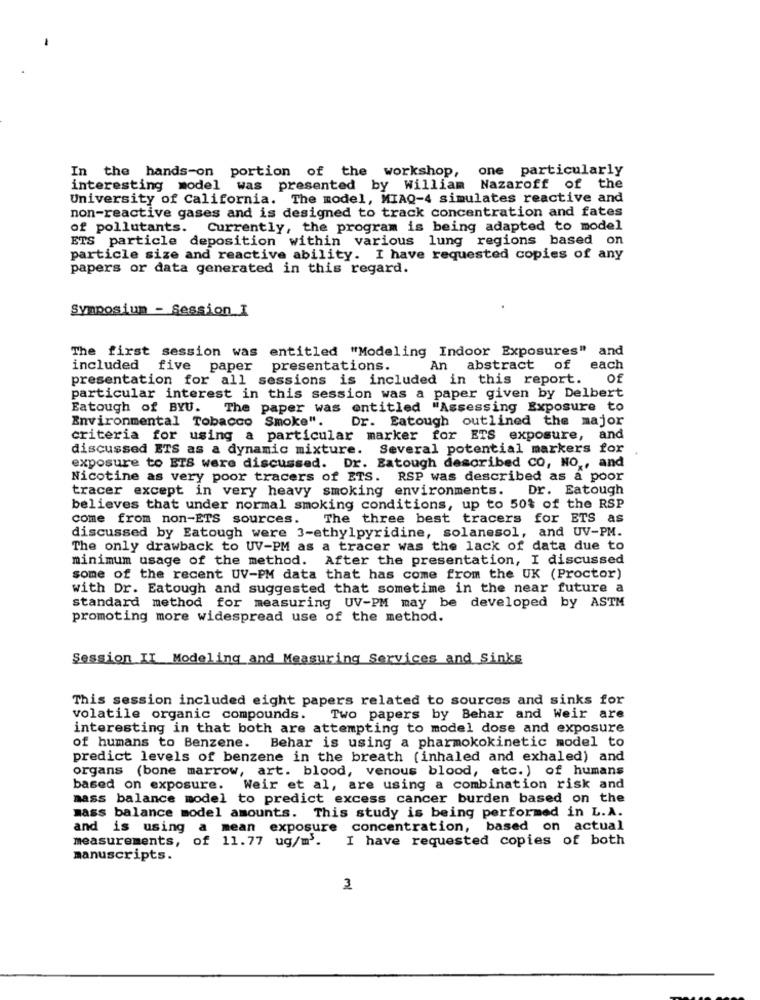
In the hands-on portion of the workshop, one particularly
interesting model was presented by William Nazaroff of the
University of California. The model, MIAQ-4 simulates reactive and
non-reactive gases and is designed to track concentration and fates
of pollutants. Currently, the program is being adapted to model
ETS particle deposition within various lung regions based on
particle size and reactive ability. I have requested copies of any
papers or data generated in this regard.
Symposium - Session I
The first session was entitled "Modeling Indoor Exposures" and
included five paper
presentations.
An abstract of
each
presentation for all sessions is included in this report.
of
particular interest in this session was a paper given by Delbert
Eatough of BYU.
The paper was entitled "Assessing Exposure to
Environmental Tobacco Smoke".
Dr. Eatough outlined the major
criteria for using a particular marker for ETS exposure, and
discussed ETS as a dynamic mixture. Several potential markers for
exposure to BTS were discussed. Dr. Eatough described CO, NO ., and
Nicotine as very poor tracers of ETS. RSP was described as a poor
tracer except in very heavy smoking environments.
Dr. Eatough
believes that under normal smoking conditions, up to 50% of the RSP
come from non-ETS sources.
The three best tracers for ETS as
discussed by Eatough were 3-ethylpyridine, solanesol, and UV-PM.
The only drawback to UV-PM as a tracer was the lack of data due to
minimum usage of the method. After the presentation, I discussed
some of the recent UV-PM data that has come from the UK (Proctor)
with Dr. Eatough and suggested that sometime in the near future a
standard method for measuring UV-PM may be developed by ASTM
promoting more widespread use of the method.
Session II Modeling and Measuring Services and Sinks
This session included eight papers related to sources and sinks for
volatile organic compounds.
Two papers by Behar and Weir are
interesting in that both are attempting to model dose and exposure
of humans to Benzene. Behar is using a pharmokokinetic model to
predict levels of benzene in the breath (inhaled and exhaled) and
organs (bone marrow, art. blood, venous blood, etc. ) of humans
based on exposure.
Weir et al, are using a combination risk and
mass balance model to predict excess cancer burden based on the
mass balance model amounts. This study is being performed in L.A.
and is using a mean exposure concentration, based on actual
measurements, of 11.77 ug/m2.
I have requested copies of both
manuscripts.
3